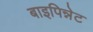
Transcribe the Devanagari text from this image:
बाइपिन्नेट